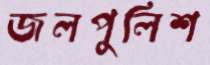
জলপুলিশ